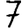
Digit: 7